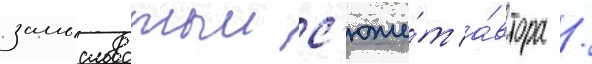
замысловатыи с'юже́т а́втора /